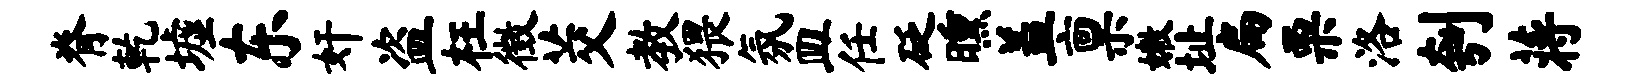
脊乾墟东奸盗枉徵茭教猥氛皿任砭曛盖禀嫩址扁栗洛刳蒋